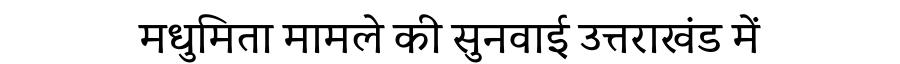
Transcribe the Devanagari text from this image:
मधुमिता मामले की सुनवाई उत्तराखंड में